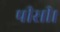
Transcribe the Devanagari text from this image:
पीसी।